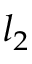
l _ { 2 }